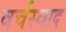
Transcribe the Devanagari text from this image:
वर्चस्वाद